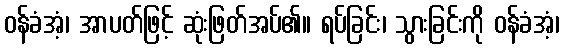
ဝန်ခံအံ့၊ အာပတ်ဖြင့် ဆုံးဖြတ်အပ်၏။ ရပ်ခြင်း၊ သွားခြင်းကို ဝန်ခံအံ့၊